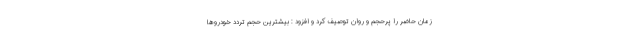
زمان حاضر را پرحجم و روان توصیف کرد و افزود : بیشترین حجم تردد خودروها